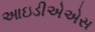
આઇડીએએસ